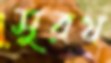
সুরথ